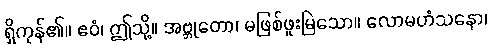
ရှိကုန်၏။ ဧဝံ၊ ဤသို့။ အဗ္ဘုတော၊ မဖြစ်ဖူးမြဲသော။ လောမဟံသနော၊